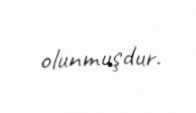
olunmuşdur.